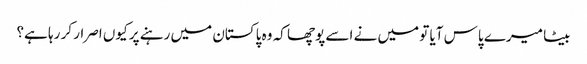
بیٹا میرے پاس آیا تو میں نے اسے پوچھا کہ وہ پاکستان میں رہنے پر کیوں اصرار کر رہا ہے؟